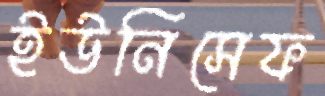
ইউনিসেফ